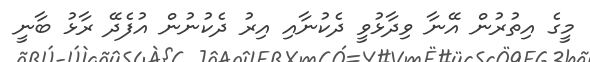
މީގެ އިތުރުން އޭނާ ވިދާޅުވީ ދެކުނާއި އިރު ދެކުނުން އުފެދޭ ރާޅު ބާނީ